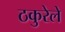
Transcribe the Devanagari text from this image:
ठकुरेले